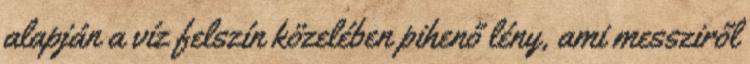
alapján a víz felszín közelében pihenő lény, ami messziről